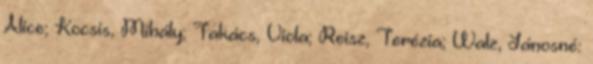
Alice; Kocsis, Mihály; Takács, Viola; Reisz, Terézia; Walz, Jánosné: